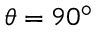
\theta = 9 0 ^ { \circ }